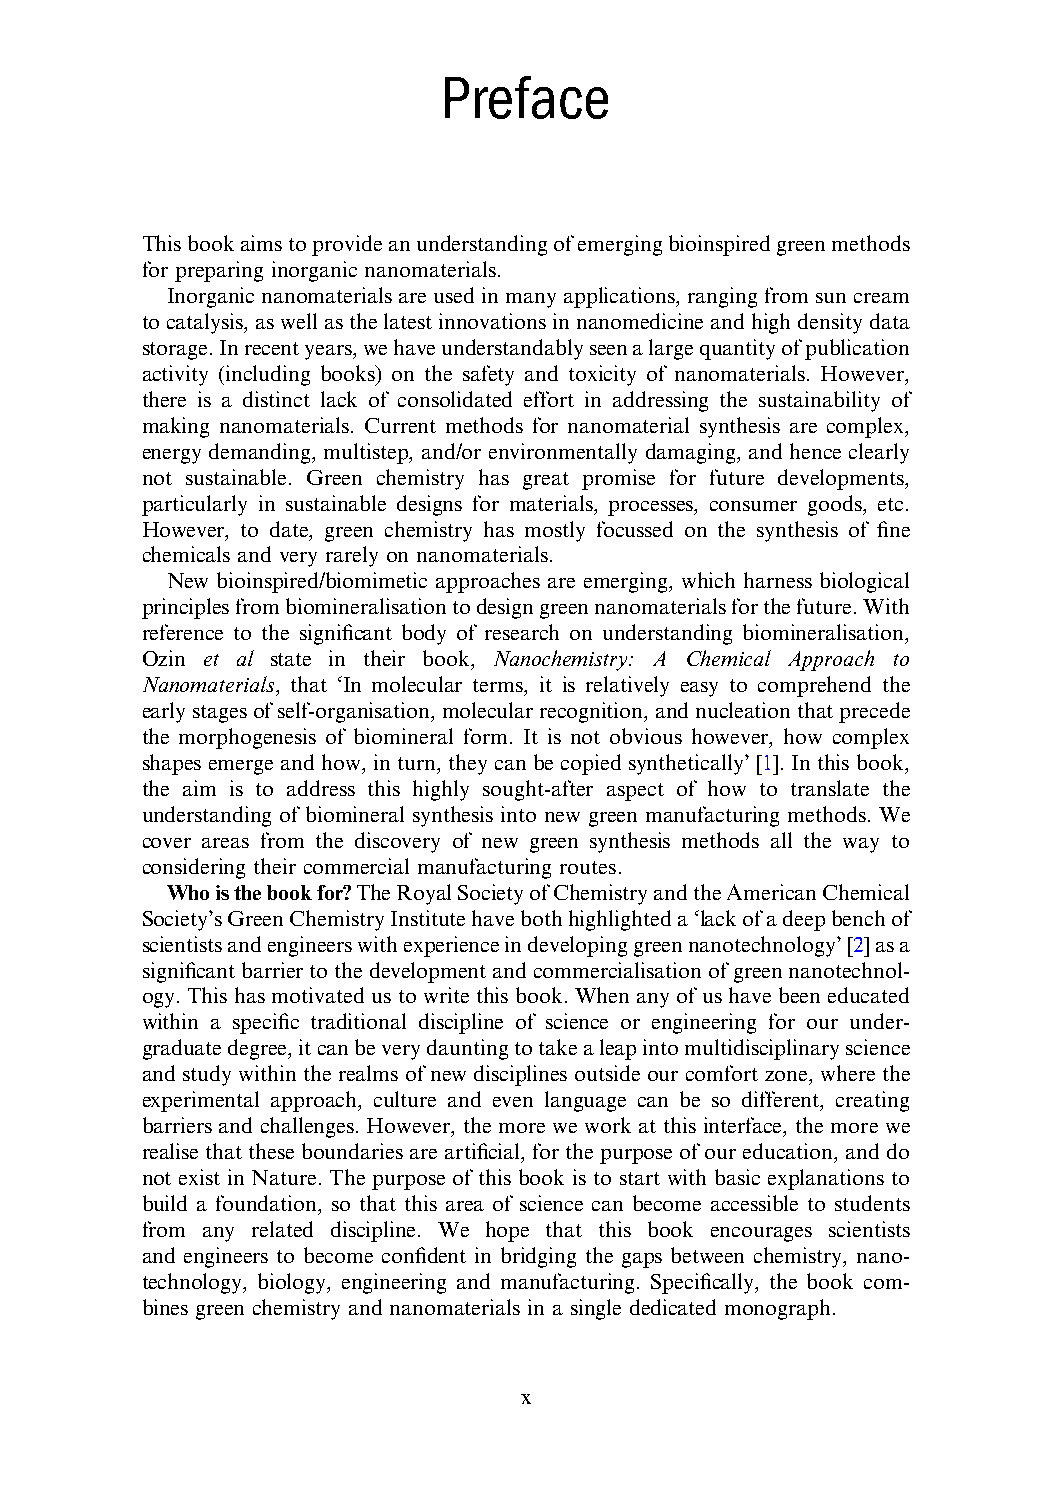
Preface
 Thisbookaimstoprovideanunderstandingofemergingbioinspiredgreenmethods
 for preparing inorganic nanomaterials.
 Inorganic nanomaterials are used in many applications, ranging from sun cream
 tocatalysis,aswellasthelatestinnovationsinnanomedicineandhighdensitydata
 storage.Inrecentyears,wehaveunderstandablyseenalargequantityofpublication
 activity (including books) on the safety and toxicity of nanomaterials. However,
 there is a distinct lack of consolidated effort in addressing the sustainability of
 making nanomaterials. Current methods for nanomaterial synthesis are complex,
 energy demanding, multistep, and/or environmentally damaging, and hence clearly
 not sustainable. Green chemistry has great promise for future developments,
 particularly in sustainable designs for materials, processes, consumer goods, etc.
 However, to date, green chemistry has mostly focussed on the synthesis of fine
 chemicals and very rarely on nanomaterials.
 New bioinspired/biomimetic approaches are emerging, which harness biological
 principlesfrombiomineralisationtodesigngreennanomaterialsforthefuture.With
 reference to the significant body of research on understanding biomineralisation,
 Ozin et al state in their book, Nanochemistry: A Chemical Approach to
 Nanomaterials, that ‘In molecular terms, it is relatively easy to comprehend the
 earlystagesofself-organisation,molecularrecognition,andnucleationthatprecede
 the morphogenesis of biomineral form. It is not obvious however, how complex
 shapes emerge and how, in turn, they can be copied synthetically’ [1]. In this book,
 the aim is to address this highly sought-after aspect of how to translate the
 understanding of biomineral synthesis into new green manufacturing methods. We
 cover areas from the discovery of new green synthesis methods all the way to
 considering their commercial manufacturing routes.
 Whoisthebookfor?TheRoyalSocietyofChemistryandtheAmericanChemical
 Society’sGreenChemistryInstitutehavebothhighlighteda‘lackofadeepbenchof
 scientistsandengineerswithexperienceindevelopinggreennanotechnology’[2]asa
 significantbarriertothedevelopmentandcommercialisationofgreennanotechnol-
 ogy. This has motivated us to write this book. When any of us have been educated
 within a specific traditional discipline of science or engineering for our under-
 graduatedegree,itcanbeverydauntingtotakealeapintomultidisciplinaryscience
 and study within the realms of new disciplines outside our comfort zone, where the
 experimental approach, culture and even language can be so different, creating
 barriers and challenges. However, the more we work at this interface, the more we
 realise that these boundariesare artificial, for the purpose of our education, and do
 not exist in Nature. The purpose of this book is to start with basic explanations to
 build a foundation, so that this area of science can become accessible to students
 from any related discipline. We hope that this book encourages scientists
 and engineers to become confident in bridging the gaps between chemistry, nano-
 technology, biology, engineering and manufacturing. Specifically, the book com-
 bines green chemistry and nanomaterials in a single dedicated monograph.
 x